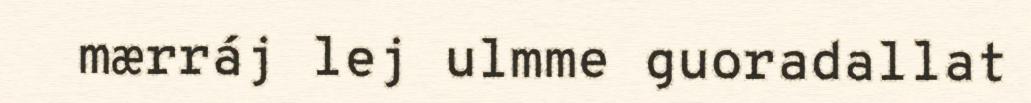
mærráj lej ulmme guoradallat